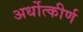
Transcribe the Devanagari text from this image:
अर्धोत्कीर्ण